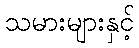
သမားများနှင့်